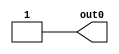
// This program was cloned from: https://github.com/uwsampl/lakeroad-evaluation
// License: MIT License

/* Generated by Yosys 0.19 (git sha1 a45c131b37c, clang 13.1.6 -fPIC -Os) */

module lakeroad_xilinx_ultrascale_plus_mux128_3(out0);
  output out0;
  wire out0;
  assign out0 = 1'h1;
endmodule